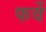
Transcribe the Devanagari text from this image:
फर्वे